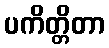
ပကိတ္တိတာ